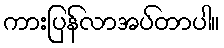
ကားပြန်လာအပ်တာပါ။